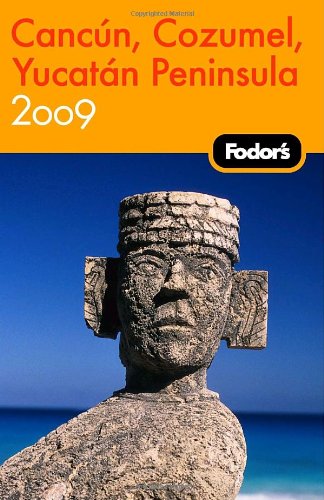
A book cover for Fodor's Cancun, Cozumel & the Yucatan Peninsula 2009 (Travel Guide); Fodor's; Travel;